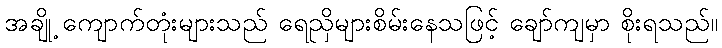
အချို့ ကျောက်တုံးများသည် ရေညှိများစိမ်းနေသဖြင့် ချော်ကျမှာ စိုးရသည်။